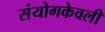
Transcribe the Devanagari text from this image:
संयोगकेवली